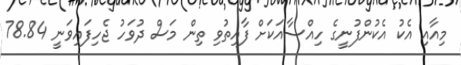
މިއާއި އެކު އެކުންފުނީގެ ހިއްސާއަކަށް ފާއިތުވި ތިން މަސް ދުވަހު ޖެހިފައިވަނީ 78.84